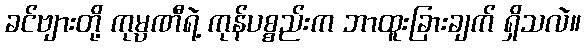
ခင်ဗျားတို့ ကုမ္ပဏီရဲ့ ကုန်ပစ္စည်းက ဘာထူးခြားချက် ရှိသလဲ။